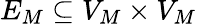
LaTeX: E_{M}\subseteq V_{M}\times V_{M}